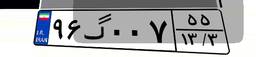
۹۶گ۰۰۷۵۵